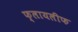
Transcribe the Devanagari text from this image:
फ्लायलीफ